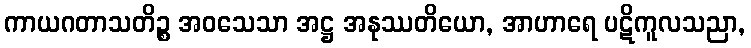
ကာယဂတာသတိဉ္စ အဝသေသာ အဋ္ဌ အနုဿတိယော, အာဟာရေ ပဋိကူလသညာ,